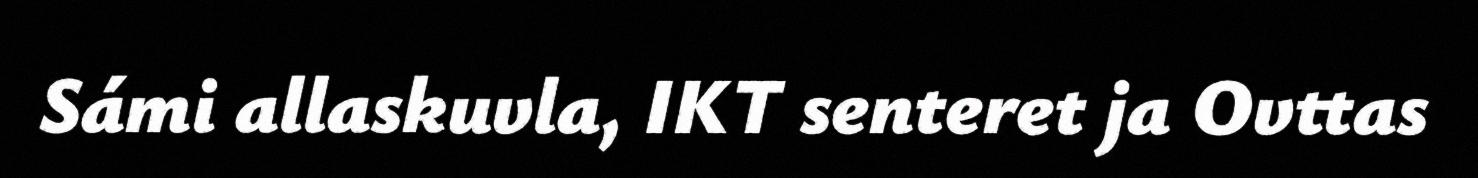
Sámi allaskuvla, IKT senteret ja Ovttas